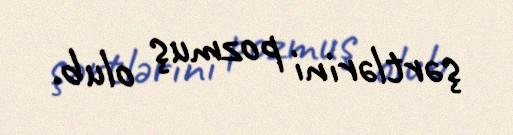
şərtlərini pozmuş olub.